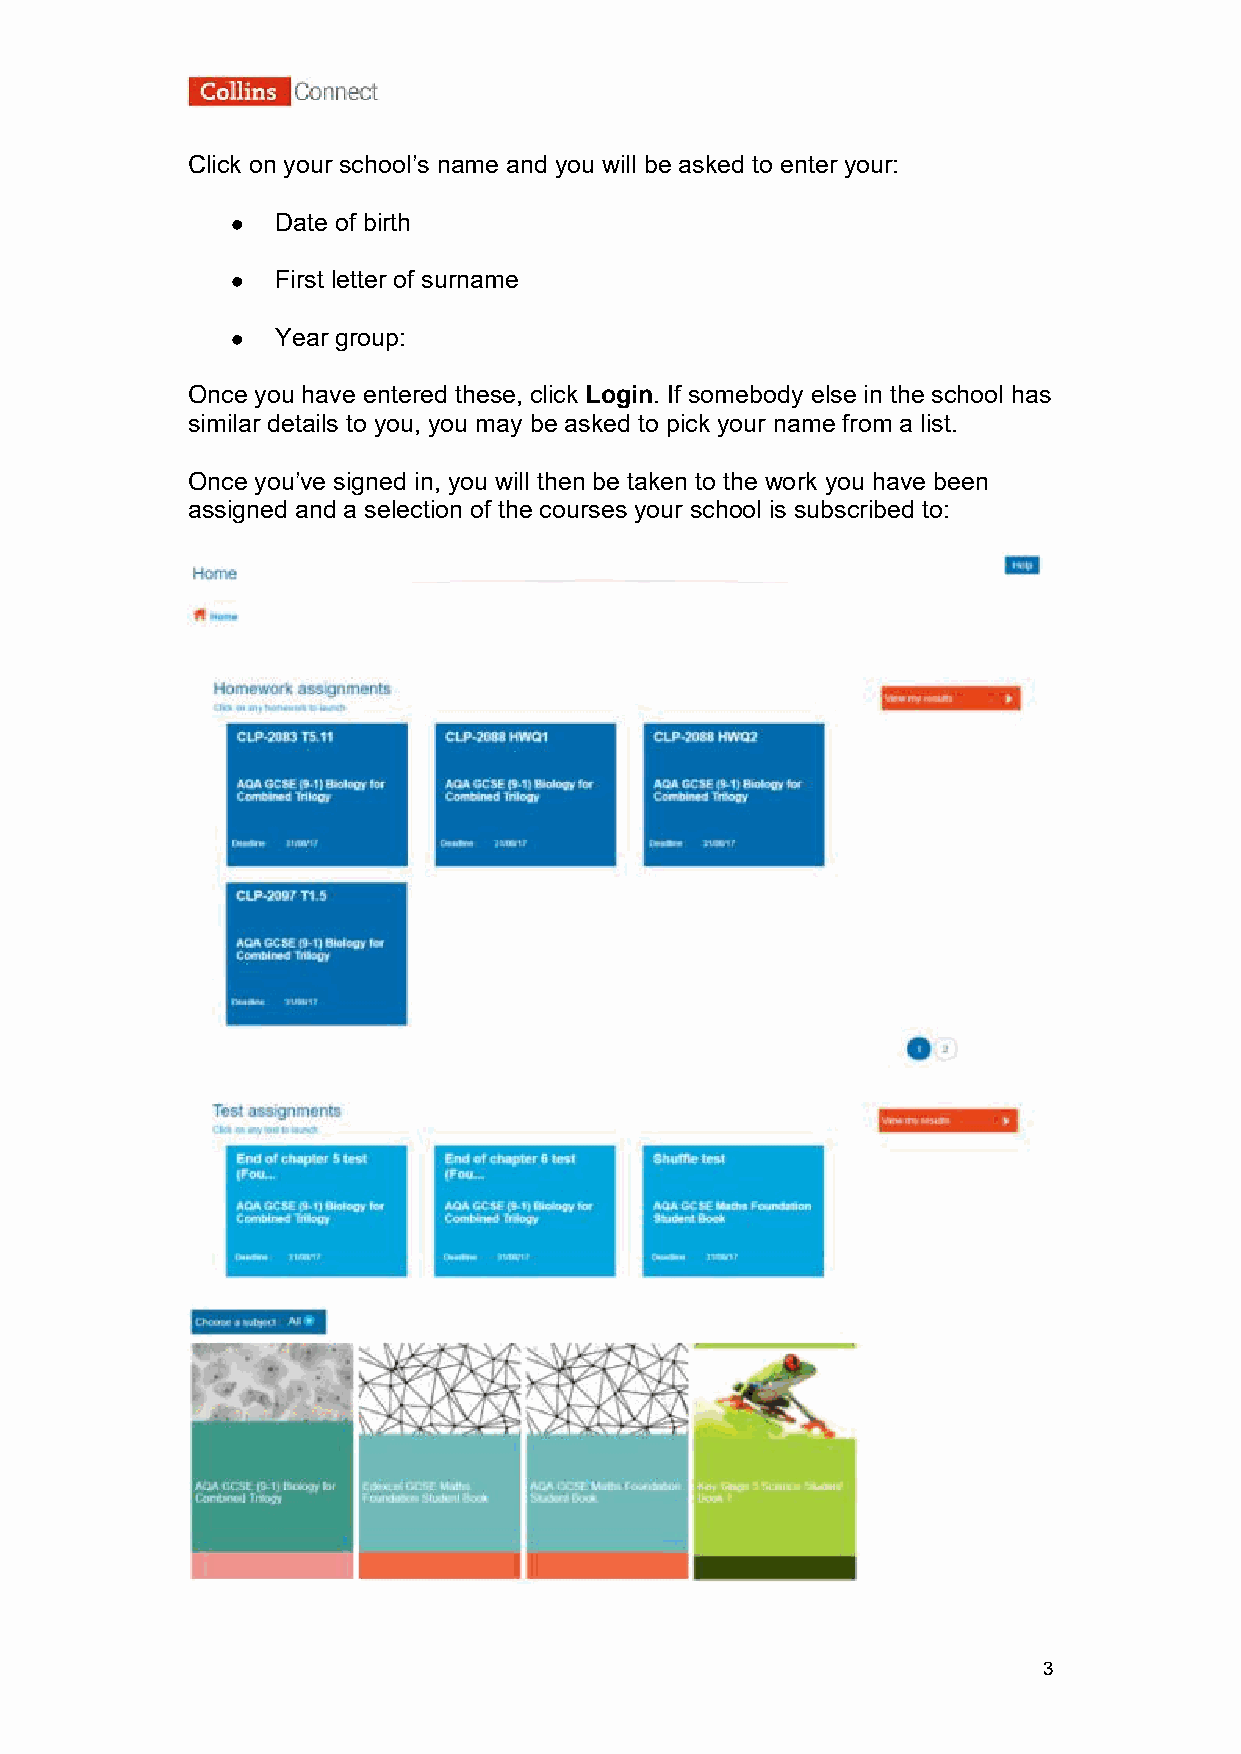
Click on your school’s name and you will be asked to enter your:
   Date of birth
   First letter of surname
   Year group:
 Once you have entered these, click Login. If somebody else in the school has
 similar details to you, you may be asked to pick your name from a list.
 Once you’ve signed in, you will then be taken to the work you have been
 assigned and a selection of the courses your school is subscribed to:
 3